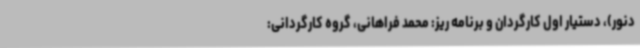
دنور)، دستیار اول کارگردان و برنامه ریز: محمد فراهانی، گروه کارگردانی: